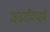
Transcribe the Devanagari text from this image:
जनजीवणाचे